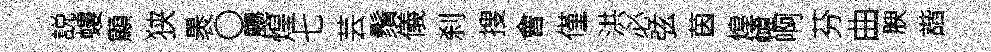
説螻顯狭褁〇颺煌七芸鬚儀刹搜會僅洪必弦茵煌幃啊芬曲腴諧